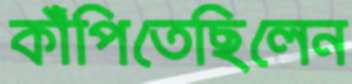
কাঁপিতেছিলেন